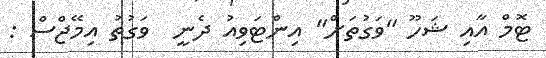
ޓޮމް އާއި ޝަހޫ "ވަގުތަށް" އިންޓަވިއު ދެނީ  ވަގުތު އިމޭޖްސް :